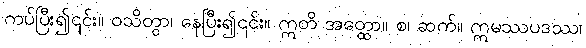
ကပ်ပြီး၍၎င်း။ ဝသိတွာ၊ နေပြီး၍၎င်း။ ဣတိ အတ္ထော။ စ၊ ဆက်။ ဣမဿပဒဿ၊